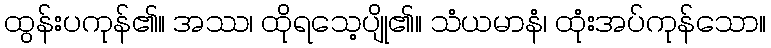
ထွန်းပကုန်၏။ အဿ၊ ထိုရသေ့ပျို၏။ သံယမာနံ၊ ထုံးအပ်ကုန်သော။